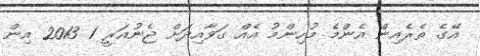
އޭގެ ތެރެއިން އެންމެ މުހިންމު އެއް ގަވާއިދަށް ޖެނުއަރީ 1 2013 އިން